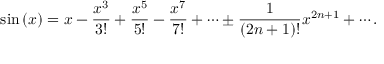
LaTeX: \sin \left( x \right) = x - { \frac { x ^ { 3 } } { 3 ! } } + { \frac { x ^ { 5 } } { 5 ! } } - { \frac { x ^ { 7 } } { 7 ! } } + \cdots \pm { \frac { 1 } { ( 2 n + 1 ) ! } } x ^ { 2 n + 1 } + \cdots .